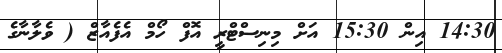
14:30 އިން 15:30 އަށް މިނިސްޓްރީ އޮފް ހޯމް އެފެއާޒް ( ވެލާނާގެ